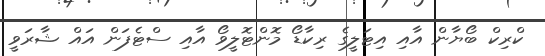
ކްރިކް ބޯޔާން އާއި އިޓަލީގެ ރިކާޑޯ މޮންޓޮލީވޯ އާއި ސްޓެފަން އައް ޝާރަވީ